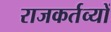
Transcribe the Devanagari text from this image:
राजकर्तव्यों